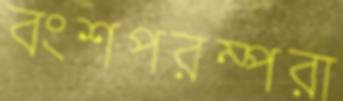
বংশপরম্পরা